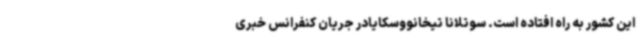
این کشور به راه افتاده است. سوتلانا تیخانووسکایادر جریان کنفرانس خبری